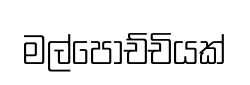
මල්පෝච්චියක්